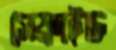
সেফ্রাইড